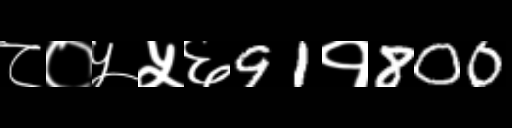
Text: ८०५५६91१800